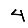
Digit: 4